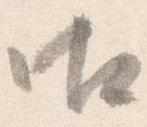
御